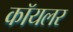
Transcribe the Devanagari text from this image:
कॉयलर